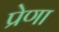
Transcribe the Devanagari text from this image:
प्रेणा